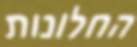
החלונות